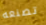
تصنعه